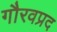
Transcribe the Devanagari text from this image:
गौरवप्रद